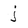
Character: j